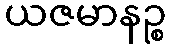
ယဇမာနဉ္စ